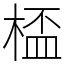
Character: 㮎